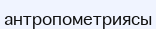
антропометриясы